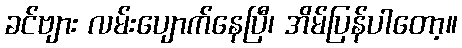
ခင်ဗျား လမ်းပျောက်နေပြီ၊ အိမ်ပြန်ပါတော့။